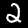
Label: 2